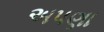
અપણા